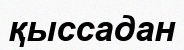
қыссадан